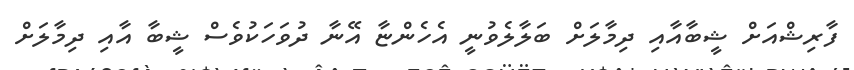
ފާރިޝްއަށް ޝީބާއާއި ދިމާލަށް ބަލާލެވުނީ އެހެންޏާ އޭނާ ދުވަހަކުވެސް ޝީބާ އާއި ދިމާލަށް